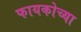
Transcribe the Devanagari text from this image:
फायकोच्या